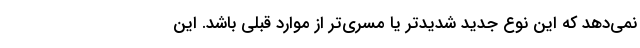
نمی‌دهد که این نوع جدید شدیدتر یا مسری‌تر از موارد قبلی باشد. این